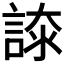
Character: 𧩚